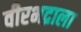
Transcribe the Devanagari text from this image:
वीरभद्राला